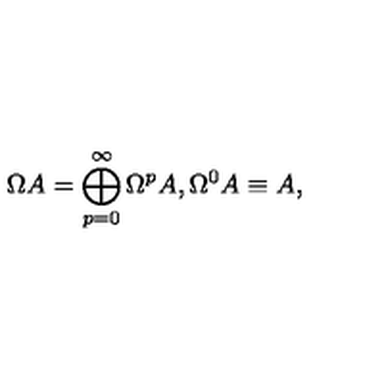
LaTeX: \Omega A = \bigoplus _ { p = 0 } ^ { \infty } \Omega ^ { p } A , \Omega ^ { 0 } A \equiv A ,